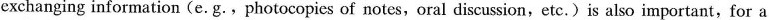
exchanging information (e.G.,photocopics of notes,oral discussion,etc.)is also important, for a